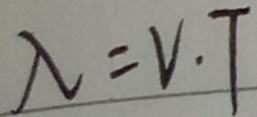
\lambda = V . T